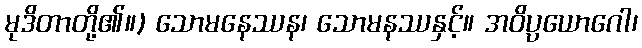
မုဒိတာတို့၏။) သောမနေဿန၊ သောမနဿနှင့်။ အဝိပ္ပယောဂေါ၊